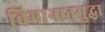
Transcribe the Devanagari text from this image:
विमानातसुद्धा